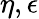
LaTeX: \eta,\epsilon